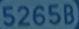
52658)